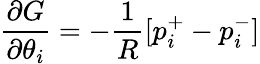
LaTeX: {\frac{\partial{G}}{\partial{\theta_{i}}}}=-{\frac{1}{R}}[p_{i}^{+}-p_{i}^{-}]